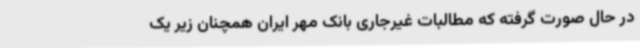
در حال صورت گرفته که مطالبات غیرجاری بانک مهر ایران همچنان زیر یک